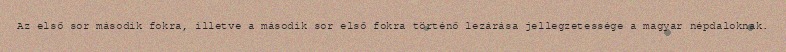
Az első sor második fokra, illetve a második sor első fokra történő lezárása jellegzetessége a magyar népdaloknak.